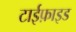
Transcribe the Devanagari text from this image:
टाईफ़ाइड